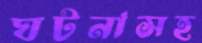
ঘটনাসহ